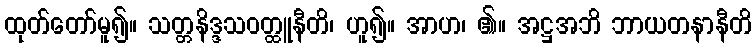
ထုတ်တော်မူ၍။ သတ္တနိဒ္ဒသဝတ္ထူနီတိ၊ ဟူ၍။ အာဟ၊ ၏။ အဋ္ဌအဘိ ဘာယတနာနီတိ